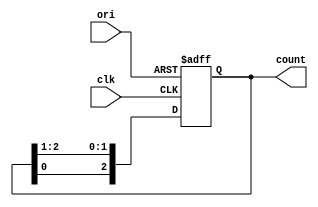
module iiitb_3bit_rc(clk, ori, count);
	input clk;
	input ori;
	output[2:0] count;
	reg[2:0] temp;
	always @(posedge clk or posedge ori)
	begin
		if(ori == 1)
		begin 
			temp <= 3'b100;
		end
		else
			temp <= {temp[0], temp[2:1]};
	end
	assign count = temp;
endmodule